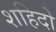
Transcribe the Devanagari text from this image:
शहिदो